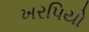
ખરપિયો